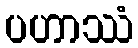
ပဟာဿံ